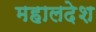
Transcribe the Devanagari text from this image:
महालदेश